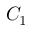
C _ { 1 }